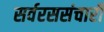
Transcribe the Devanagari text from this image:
सर्वरससंचारी